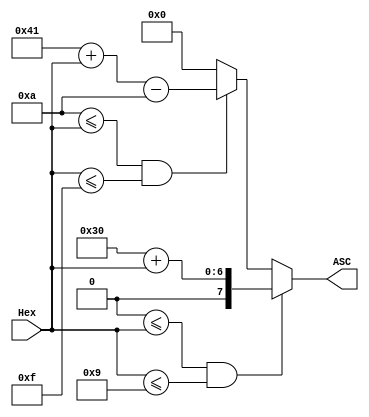
module H2C(
    input [3:0] Hex,
    output reg [7:0] ASC
    );
    always@(*)
    begin
        if(4'h0 <= Hex && Hex <= 4'h9)
            ASC = 8'h30 + {4'h0,Hex};
        else if(4'ha <= Hex && Hex <= 4'hf)
            ASC = 8'h41 + {4'h0,Hex} - 8'h0a;
        else
            ASC = 8'h00;
    end
endmodule